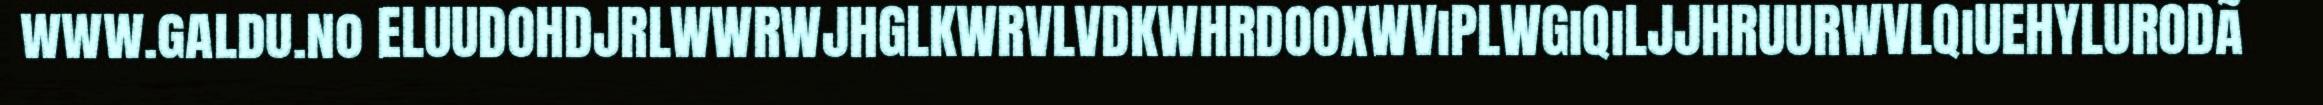
www.galdu.no ELUUDOHDJRLWWRWJHGLKWRVLVDKWHRDOOXWViPLWGiQiLJJHRUURWVLQiUEHYLURODã